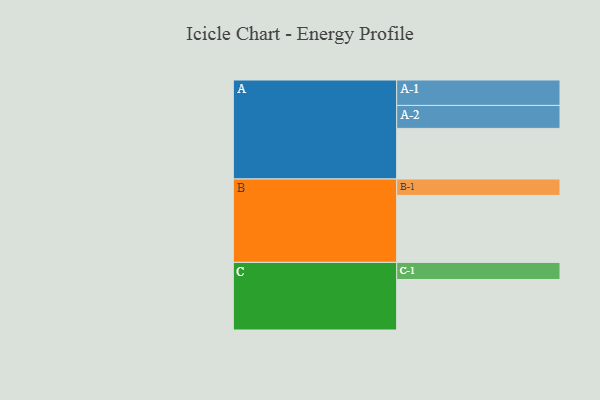
{"axis": {"x": "Segment", "y": "Value"}, "legend": ["", "A", "B", "C"], "data": [{"x": "A", "y": 450, "type": ""}, {"x": "B", "y": 595, "type": ""}, {"x": "C", "y": 449, "type": ""}, {"x": "A-1", "y": 226, "type": "A"}, {"x": "A-2", "y": 204, "type": "A"}, {"x": "B-1", "y": 146, "type": "B"}, {"x": "C-1", "y": 152, "type": "C"}]}